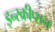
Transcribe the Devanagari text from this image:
इन्स्क्रीप्शन